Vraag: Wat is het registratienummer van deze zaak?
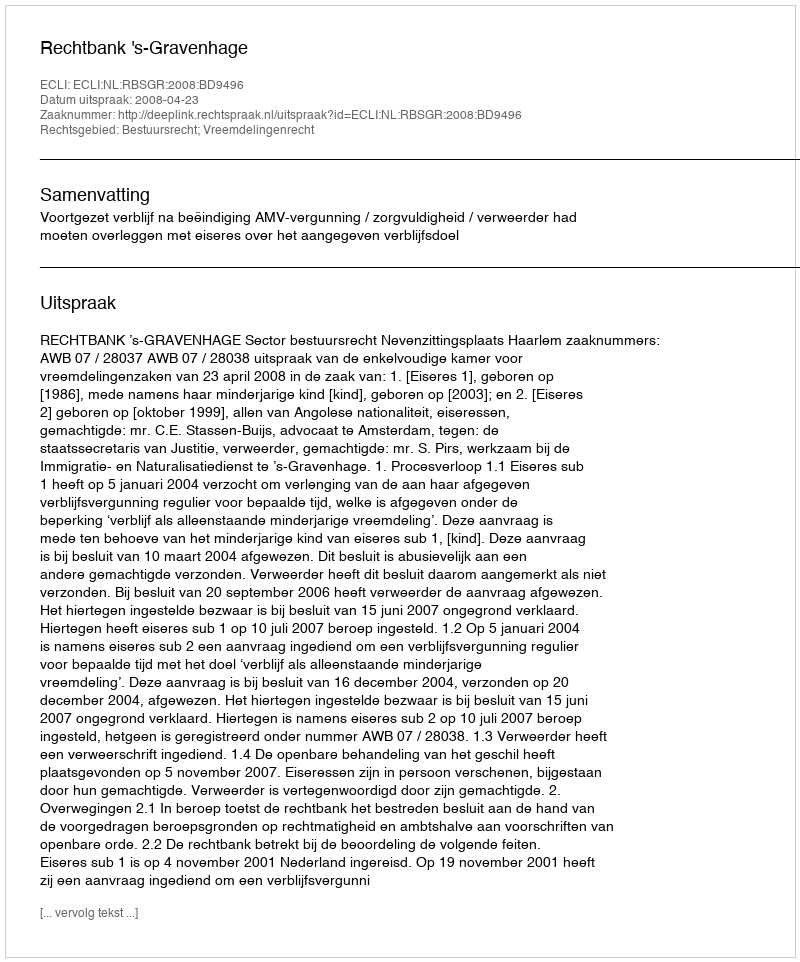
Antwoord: http://deeplink.rechtspraak.nl/uitspraak?id=ECLI:NL:RBSGR:2008:BD9496